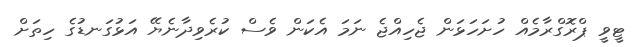
ޓީވީ ޕްރޮގްރާމެއް ހުށަހަޅަން ޖެހިއްޖެ ނަމަ އެކަން ވެސް ކުރެވިދާނެޔޭ އަޅުގަނޑުގެ ހިތަށް